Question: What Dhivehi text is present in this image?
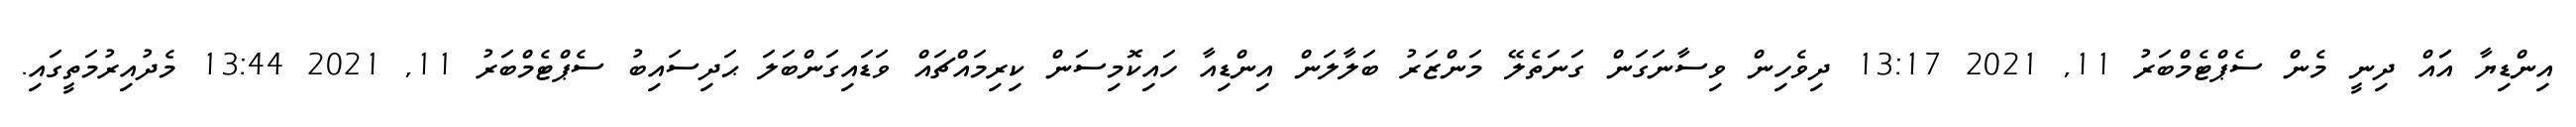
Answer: އިންޑިޔާ އަައް ދިނީ މެން ސެޕްޓެމްބަރު 11, 2021 13:17 ދިވެހިން ވިސާނަގަން ގަނަތެލޭ މަންޒަރު ބަލާލަން އިންޑިއާ ހައިކޮމިސަން ކިރިމައްޗައް ވަޑައިގަންބަލަ ޙަދިސައިބު ސެޕްޓެމްބަރު 11, 2021 13:44 މެދުއިރުމަތީގައި.